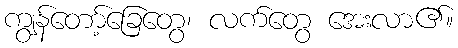
ကျွန်တော့်ခြေတွေ၊ လက်တွေ အေးလာ၏။